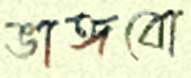
ভাঙ্গবো